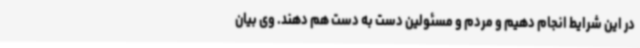
در این شرایط انجام دهیم و مردم و مسئولین دست به دست هم دهند. وی بیان